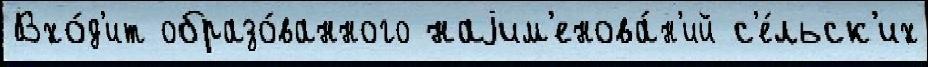
Вхо́д'ит образо́ванного наjим'енова́н'ий с'е́льск'их